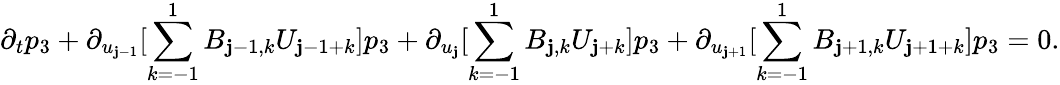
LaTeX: \partial_{t}p_{3}+\partial_{u_{\mathbf{j}-1}}[\sum_{k=-1}^{1}B_{\mathbf{j}-1,k}U_{\mathbf{j}-1+k}]p_{3}+\partial_{u_{\mathbf{j}}}[\sum_{k=-1}^{1}B_{\mathbf{j},k}U_{\mathbf{j}+k}]p_{3}+\partial_{u_{\mathbf{j}+1}}[\sum_{k=-1}^{1}B_{\mathbf{j}+1,k}U_{\mathbf{j}+1+k}]p_{3}=0.